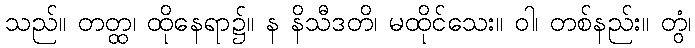
သည်။ တတ္ထ၊ ထိုနေရာ၌။ န နိသီဒတိ၊ မထိုင်သေး။ ဝါ၊ တစ်နည်း။ တွံ၊